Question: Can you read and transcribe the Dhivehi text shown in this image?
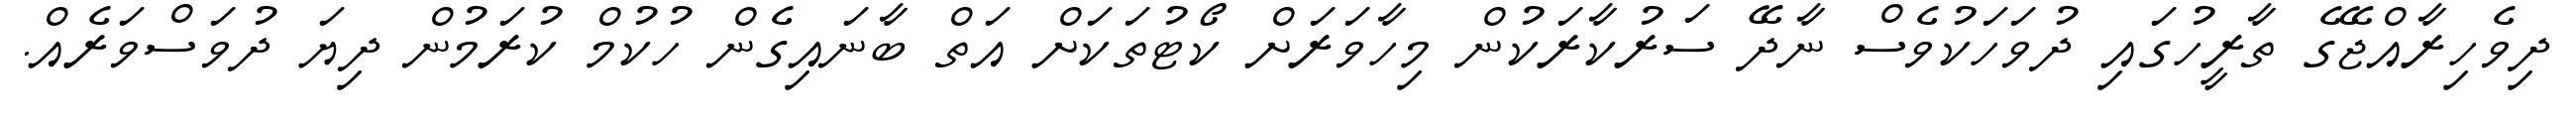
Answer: ދިވެހިރާއްޖޭގެ ތާރީހުގައި ދުވަހަކުވެސް ނާދޭ ސަރުކާރަކުން މިހާވަރަށް ކޯޓުތަކަށް އަތް ބާނައިގެން ހުކުމް ކުރަމުން ދިޔަ ދުވަސްވަރެއް.